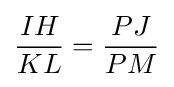
{\frac {IH}{KL}}={\frac {PJ}{PM}}